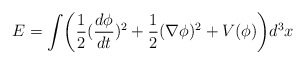
\begin{align*}E=\int \biggl(\frac 12(\frac{d\phi }{dt})^2 +\frac 12(\nabla \phi )^2+V(\phi)\biggr)d^3x\end{align*}